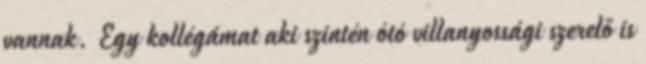
vannak. Egy kollégámat aki szintén ótó villanyossági szerelő is